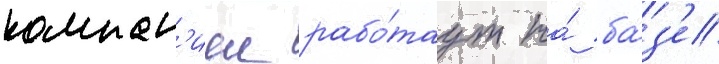
компан'иеи рабо́таут на́ ба́з'е